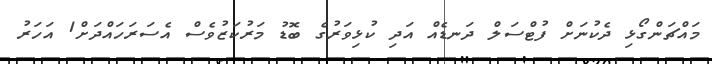
މައްޗަންގޯޅި ދެކުނަށް ފުޓްސަލް ދަނޑެއް އަދި ކުޅިވަރުގެ ބޮޑު މަރުކަޒުވެސް އެސަރަހައްދަށް1 އަހަރު